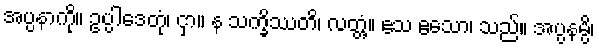
အပ္ပနာကို။ ဥပ္ပါဒေတုံ၊ ငှာ။ န သက္ခိဿတိ၊ လတ္တံ့။ ဧသ ဧသော၊ သည်။ အပ္ပနမ္ပိ၊